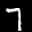
Label: 7